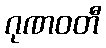
ဂုဏဝတီ